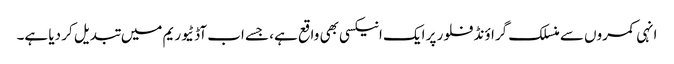
انہی کمروں سے منسلک گراؤنڈ فلور پر ایک انیکسی بھی واقع ہے، جسے اب آڈٹیوریم میں تبدیل کر دیا ہے۔